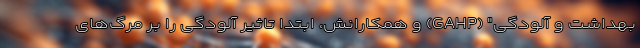
بهداشت و آلودگی" (GAHP) و همکارانش، ابتدا تاثیر آلودگی را بر مرگ‌های